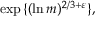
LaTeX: \exp { \{ ( \ln m ) ^ { 2 / 3 + \varepsilon } \} } ,